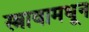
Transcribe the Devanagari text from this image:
स्त्रावामधून